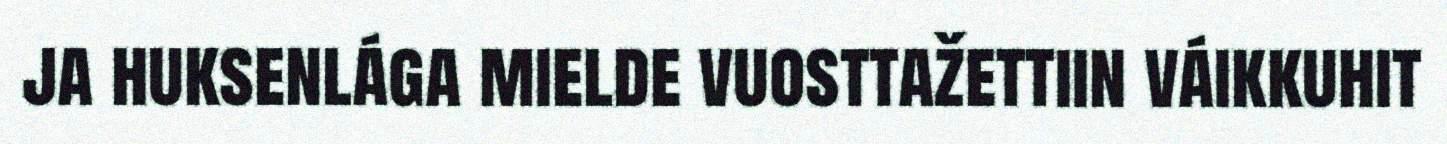
ja huksenlága mielde vuosttažettiin váikkuhit